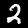
Label: 2